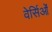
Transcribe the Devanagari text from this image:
वेर्सिओं